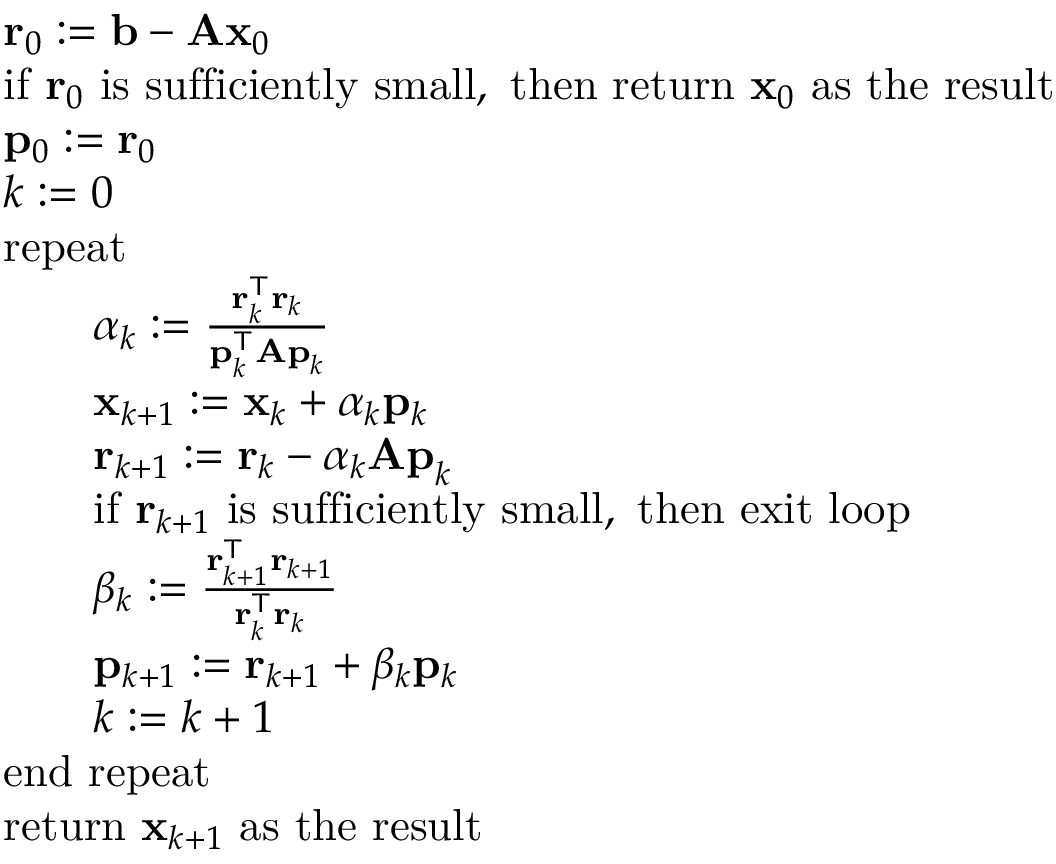
{ \begin{array} { r l } & { \mathbf { r } _ { 0 } : = \mathbf { b } - \mathbf { A x } _ { 0 } } \\ & { { \mathrm { i f ~ } } \mathbf { r } _ { 0 } { \mathrm { ~ i s ~ s u f f i c i e n t l y ~ s m a l l , ~ t h e n ~ r e t u r n ~ } } \mathbf { x } _ { 0 } { \mathrm { ~ a s ~ t h e ~ r e s u l t } } } \\ & { \mathbf { p } _ { 0 } : = \mathbf { r } _ { 0 } } \\ & { k : = 0 } \\ & { { \mathrm { r e p e a t } } } \\ & { \qquad \alpha _ { k } : = { \frac { \mathbf { r } _ { k } ^ { \mathsf { T } } \mathbf { r } _ { k } } { \mathbf { p } _ { k } ^ { \mathsf { T } } \mathbf { A p } _ { k } } } } \\ & { \qquad \mathbf { x } _ { k + 1 } : = \mathbf { x } _ { k } + \alpha _ { k } \mathbf { p } _ { k } } \\ & { \qquad \mathbf { r } _ { k + 1 } : = \mathbf { r } _ { k } - \alpha _ { k } \mathbf { A p } _ { k } } \\ & { \qquad { \mathrm { i f ~ } } \mathbf { r } _ { k + 1 } { \mathrm { ~ i s ~ s u f f i c i e n t l y ~ s m a l l , ~ t h e n ~ e x i t ~ l o o p } } } \\ & { \qquad \beta _ { k } : = { \frac { \mathbf { r } _ { k + 1 } ^ { \mathsf { T } } \mathbf { r } _ { k + 1 } } { \mathbf { r } _ { k } ^ { \mathsf { T } } \mathbf { r } _ { k } } } } \\ & { \qquad \mathbf { p } _ { k + 1 } : = \mathbf { r } _ { k + 1 } + \beta _ { k } \mathbf { p } _ { k } } \\ & { \qquad k : = k + 1 } \\ & { { \mathrm { e n d ~ r e p e a t } } } \\ & { { \mathrm { r e t u r n ~ } } \mathbf { x } _ { k + 1 } { \mathrm { ~ a s ~ t h e ~ r e s u l t } } } \end{array} }